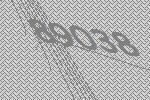
89038